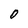
Character: O